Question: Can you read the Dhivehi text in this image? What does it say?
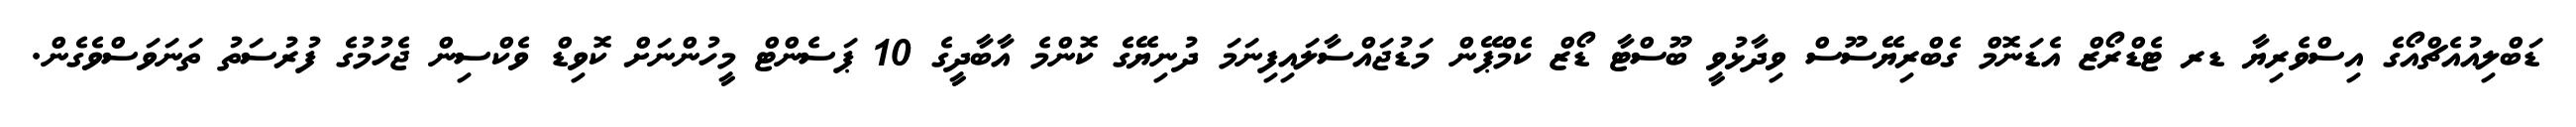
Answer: ޑަބްލިއުއެޗްއޯގެ އިސްވެރިޔާ ޑރ ޓެޑްރޯޒް އެޑަނޮމް ގެބްރިޔޭސޫސް ވިދާޅުވީ ބޫސްޓާ ޑޯޒް ކެމްޕޭން މަޑުޖައްސާލައިފިނަމަ ދުނިޔޭގެ ކޮންމެ އާބާދީގެ 10 ޕަސެންޓް މީހުންނަށް ކޮވިޑް ވެކްސިން ޖެހުމުގެ ފުރުސަތު ތަނަވަސްވެގެން.